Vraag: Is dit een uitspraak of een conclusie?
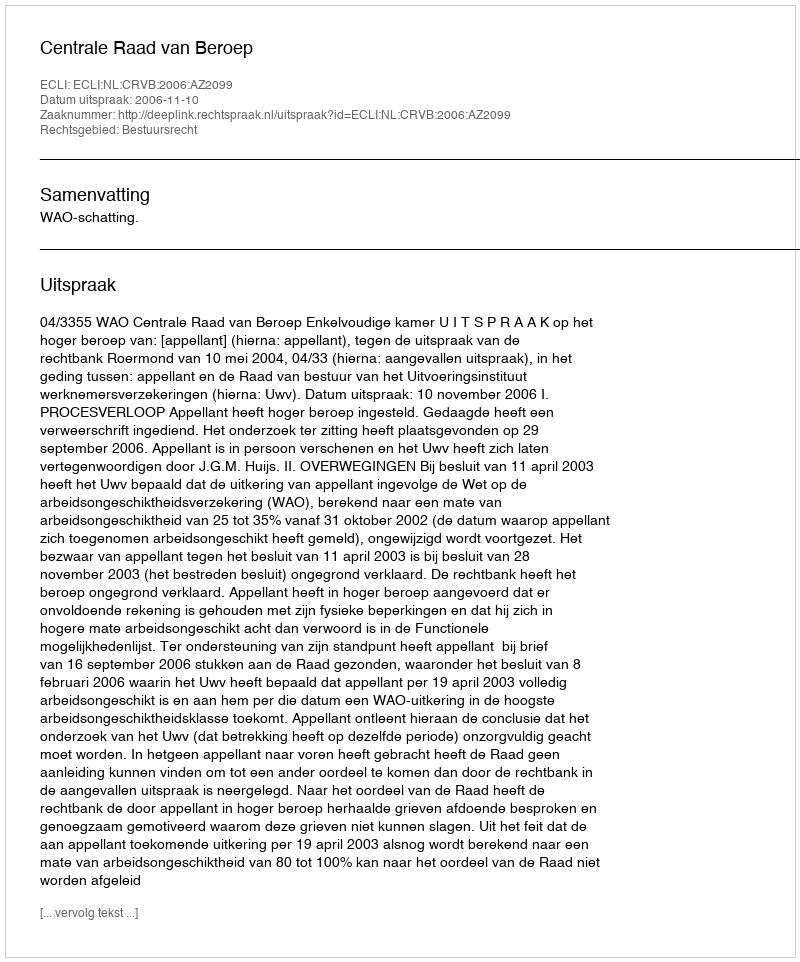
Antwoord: Uitspraak